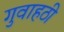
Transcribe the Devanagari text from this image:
गुवाहठी